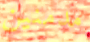
مدمنين